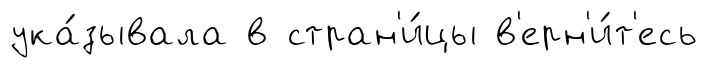
ука́зывала в стран'и́цы в'ерн'и́т'есь